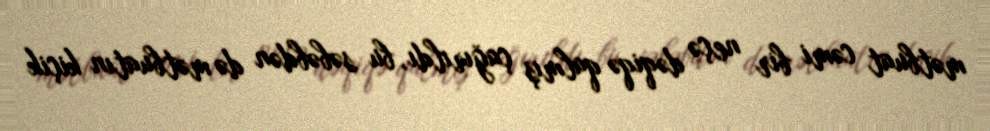
mətbuat cəmi bir neçə dəqiqə qalmış çağırıldı, bu səbəbdən də mətbuatın kiçik